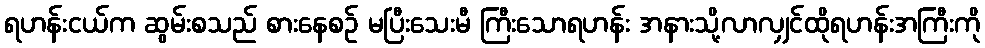
ရဟန်းငယ်က ဆွမ်းစသည် စားနေစဉ် မပြီးသေးမီ ကြီးသောရဟန်း အနားသို့လာလျှင်ထိုရဟန်းအကြီးကို